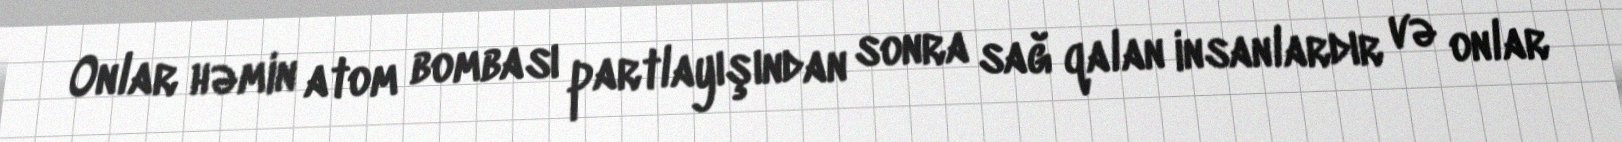
Onlar həmin atom bombası partlayışından sonra sağ qalan insanlardır və onlar